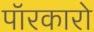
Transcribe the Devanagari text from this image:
पॉरकारो